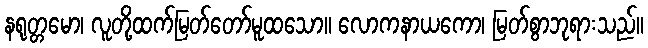
နရုတ္တမော၊ လူတို့ထက်မြတ်တော်မူထသော။ လောကနာယကော၊ မြတ်စွာဘုရားသည်။